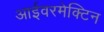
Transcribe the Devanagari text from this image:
आईवरमेक्टिन